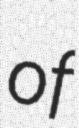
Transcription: of